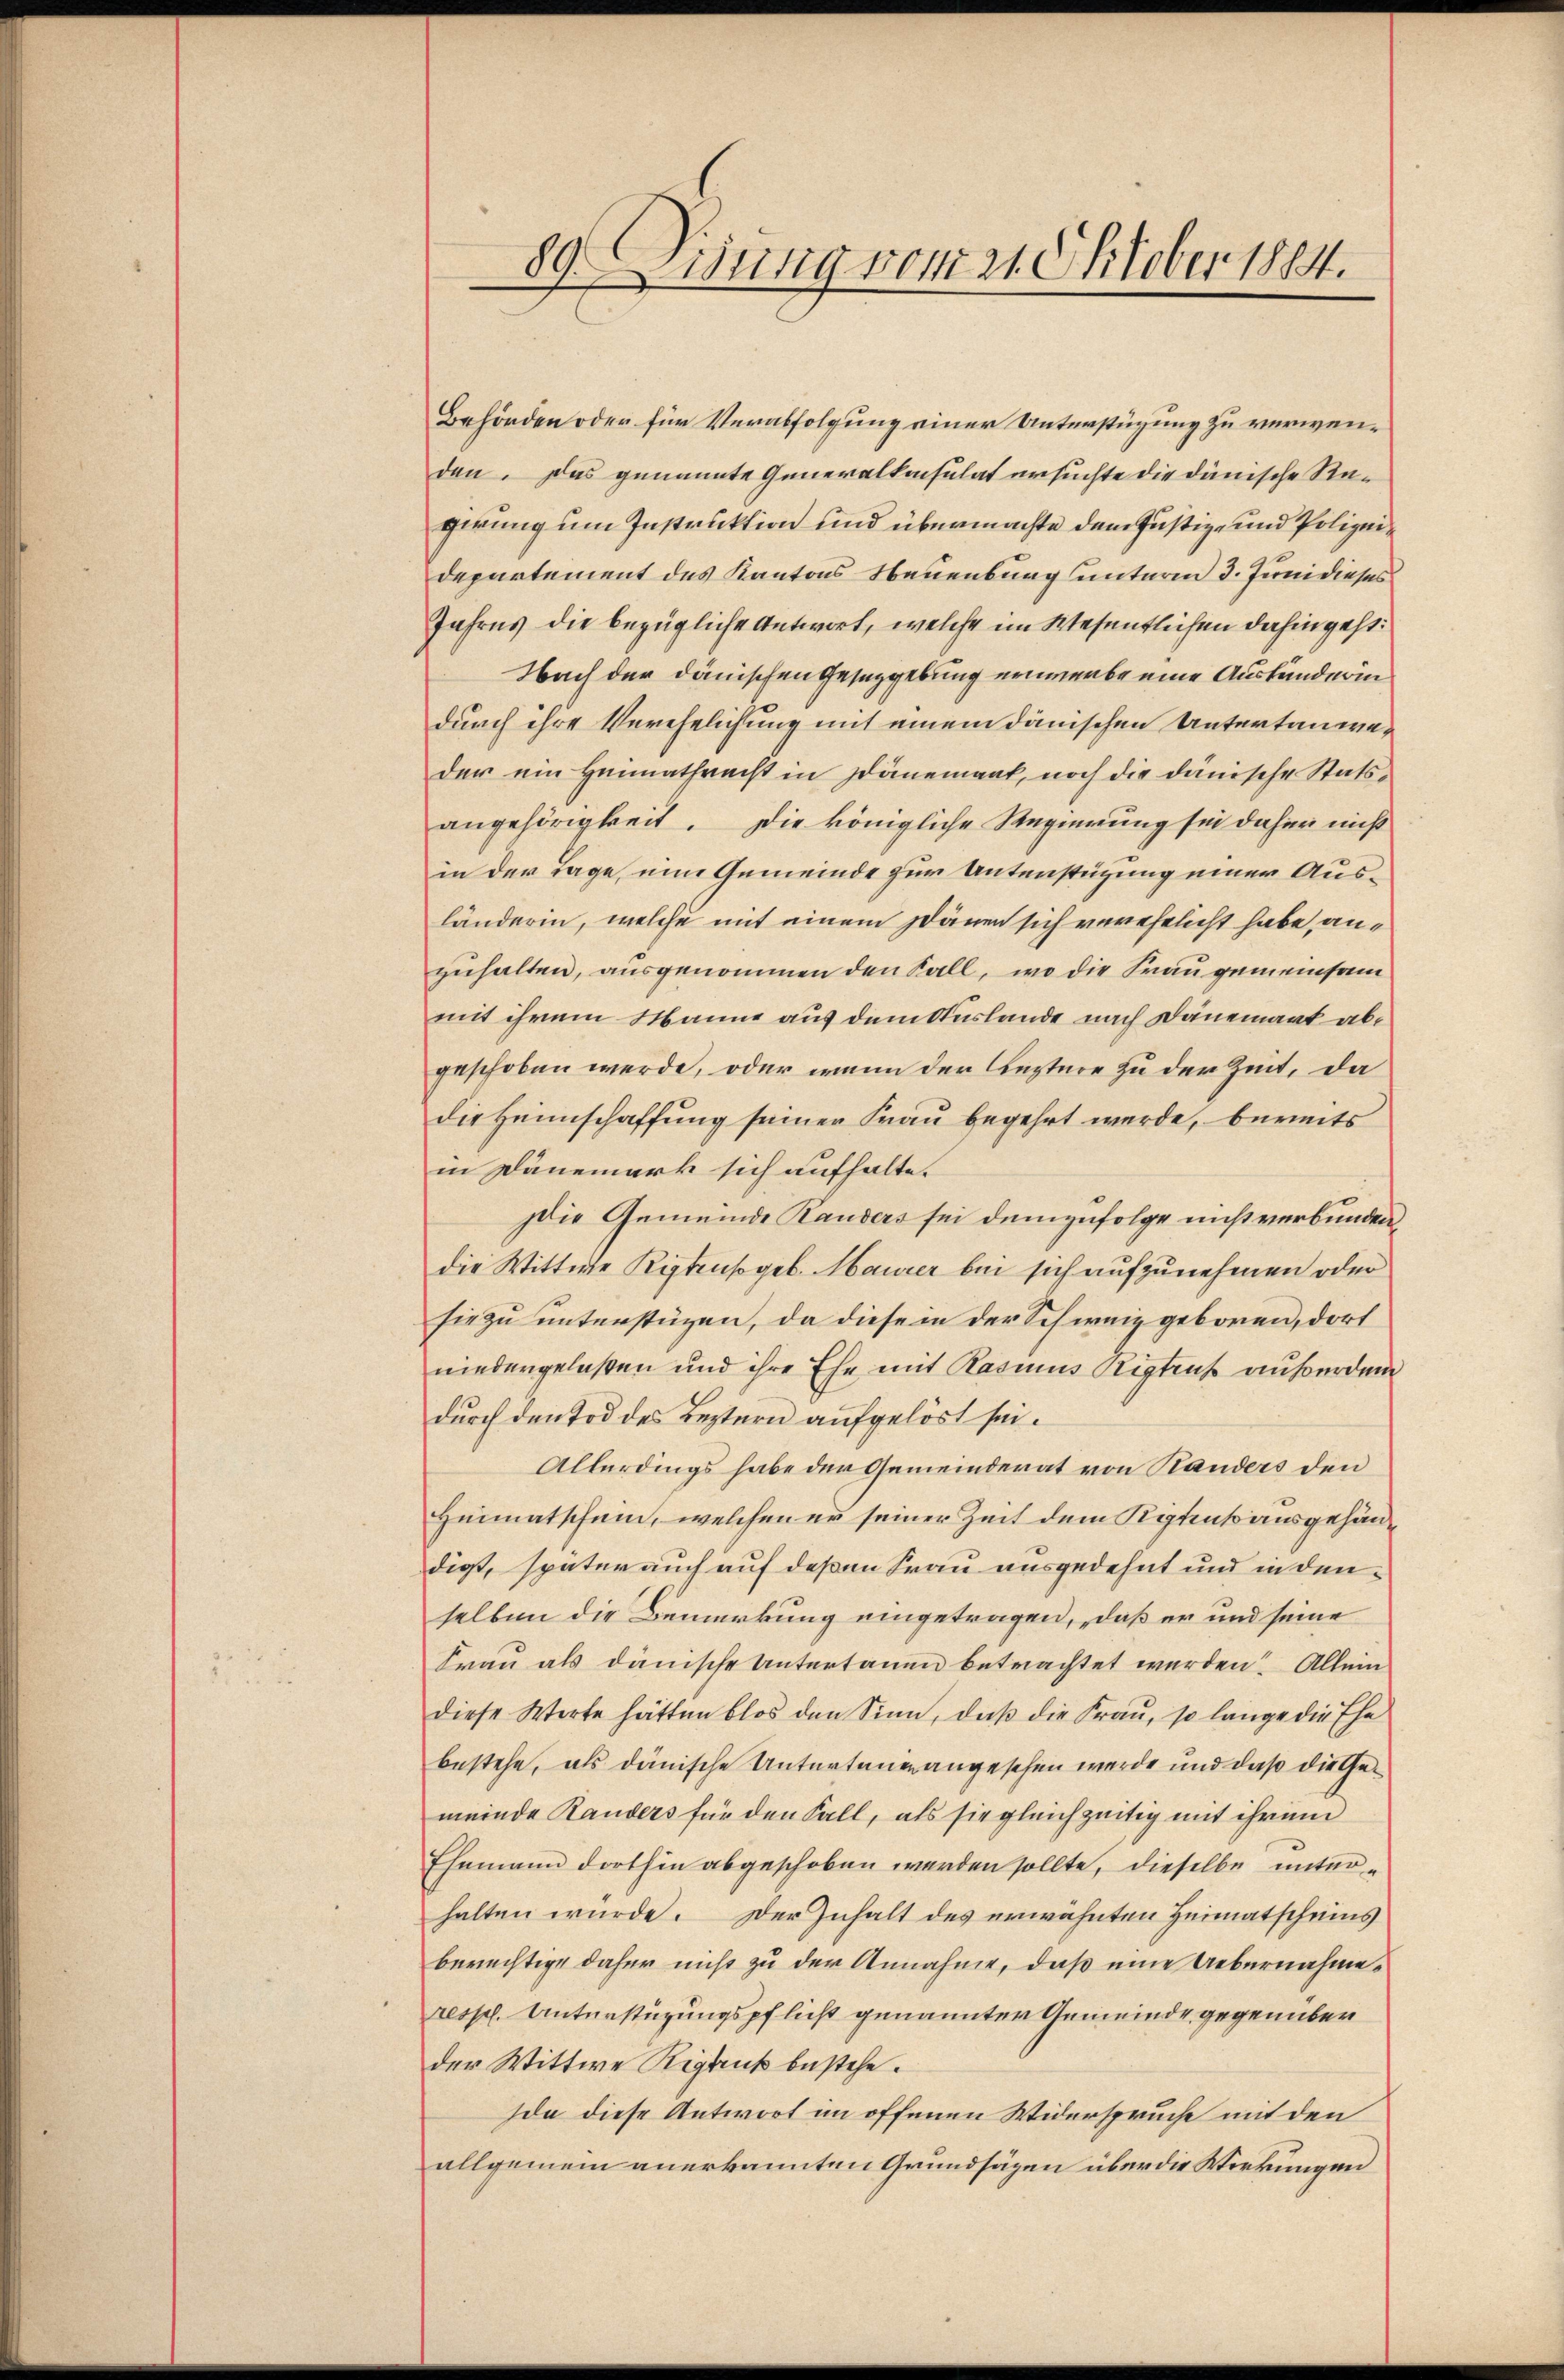
89. Eidung vom 21. Oktober 1884.

Behörden oder für Verabfolgung einer Unterstüzung zu verwenden. Das genannte Generalkonsulat ersuchte die dünische Regirung um Instruktion und übermachte dem Justiz- und Polizeidepartement des Kantons Neuenburg unterm 3. Juni dieses
Jahres die bezügliche Antwort, welche im Wesentlichen dahin geht:
Nach der dänischen Gesetzgebung erwerbe eine Auskunderin
durch ihre Verehelichung mit einem dänischen Untertanweder ein Heimathrecht in Dänemant, noch die dänische Statsangehörigkeit. Die königliche Regierung sei daher nicht
in der Tage, eine Gemeinde zur Unterstüzung einer Ausländerin, welche mit einem Dänen sich verehelicht habe, anzuhalten, ausgenommen den Fall, wo die Frau gemeinsam
mit ihrem Manne aus dem Auslande nach Dänemark abgeschoben werde, oder wenn den leztere zu der Zeit, da
die Heimschaffung seiner Frau begehrt werde, bereits
in Dänemark sich aufhalte.
Die Gemeinde Randers sei demzufolge nicht verbunden,
die Wittwe Riptenso geb. Maurer bei sich aufzunehmen oder
sie zu unterstüzen, da diesem der Schweiz geboren, dort
niedergelaßen und ihre Ehe mit Rasius Riptens außerdem
durch den Tod des Leztern aufgelöst sei.
Allerdings habe der Gemeinderat von Kanders den
Heimatschein, welchen er seiner Zeit dem Kistentausgehändiest, später auch auf deßen Frau ausgedehnt und in denselben die Bemerkung eingetragen, daß er und seine
Frau als dänische Untertanen betrachtet werden. Allein
diese Werte hätten blos den Sinn, daß die Frau, so länge die Ehe
bestehe, als dänische Untertanen angesehen werde und daß die Gemeinde Randers für den Fall, als sie gleichzeitig mit ihrem
Ehemann dorthin abgeschoben werden sollte, dieselbe unterhalten würde. Der Inhalt des erwähnten Heimatscheins
berechtige daher nicht zu der Annahme, daß eine Uebernahme¬
resp. Unterstüzungspflicht genannter Gemeinde gegenüber
der Wittwe Rigbus bestehe.
Ida diese Antwort im offenen Widerspruche mit den
allgemein anerkannten Grundsäzen über die Wirkungen